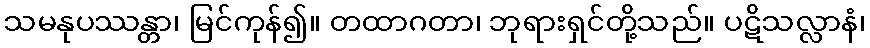
သမနုပဿန္တာ၊ မြင်ကုန်၍။ တထာဂတာ၊ ဘုရားရှင်တို့သည်။ ပဋိသလ္လာနံ၊